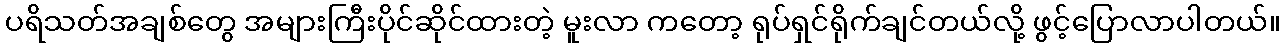
ပရိသတ်အချစ်တွေ အများကြီးပိုင်ဆိုင်ထားတဲ့ မူးလာ ကတော့ ရုပ်ရှင်ရိုက်ချင်တယ်လို့ ဖွင့်ပြောလာပါတယ်။